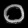
Digit: ၀